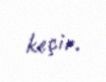
keçir.